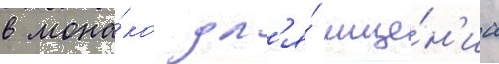
в мона́ко дл'я́ мще́н'иа